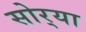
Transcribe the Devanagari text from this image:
सोर्‍या